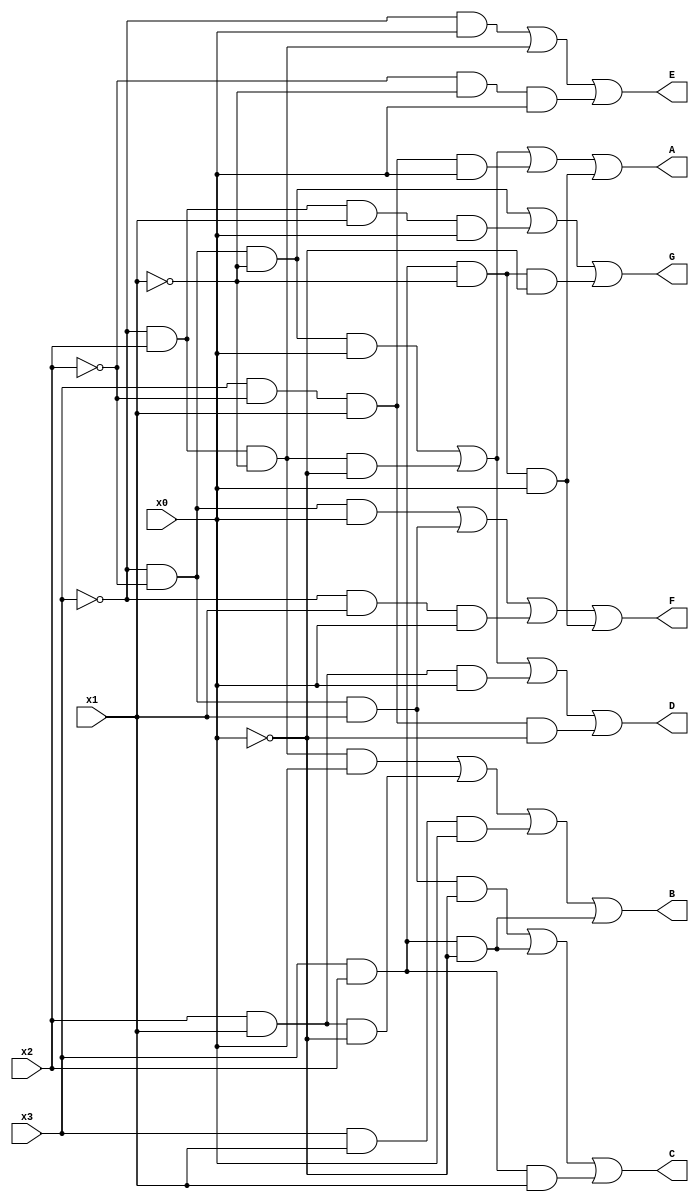
module seven_seg_decoder(x0,x1,x2,x3,A,B,C,D,E,F,G);

	input x0, x1, x2, x3;
	output A, B, C, D, E, F ,G;

	assign A = (~x3 & ~x2 & ~x1 & x0) | (~x3 & x2 & ~x1 & ~x0) | (x3 & ~x2 & x1 & x0) | (x3 & x2 & ~x1 & x0);
	assign B = (~x3 & x2 & ~x1 & x0) | (x2 & x1 & ~x0) | (x3 & x1 & x0) | (x3 & x2 & ~x0);
	assign C = (~x3 & ~x2 & x1 & ~x0) | (x3 & x2 & ~x0) | (x3 & x2 & x1);
	assign D = (~x3 & ~x2 & ~x1 & x0) | (~x3 & x2 & ~x1 & ~x0) | (x2 & x1 & x0) | (x3 & ~x2 & x1 & ~x0);
	assign E = (~x3 & x0) | (~x3 & x2 & ~x1) | (~x2 & ~x1 & x0);
	assign F = (~x3 & ~x2 & x0) | (~x3 & ~x2 & x1) | (~x3 & x1 & x0) | (x3 & x2 & ~x1 & x0);
	assign G = (~x3 & ~x2 & ~x1) | (~x3 & x2 & x1 & x0) | (x3 & x2 & ~x1 & ~x0);

	
endmodule